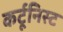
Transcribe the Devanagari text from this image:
कर्टूनिस्ट